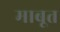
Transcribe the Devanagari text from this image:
माबूत